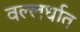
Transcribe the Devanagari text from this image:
वल्लर्धात